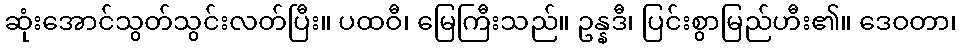
ဆုံးအောင်သွတ်သွင်းလတ်ပြီး။ ပထဝီ၊ မြေကြီးသည်။ ဥန္နဒီ၊ ပြင်းစွာမြည်ဟီး၏။ ဒေဝတာ၊